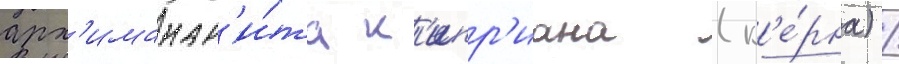
арх'имандр'и́та к'ипр'иана (к'е́рна) /